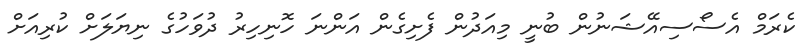
ކެރަމް އެސޯސިއޭޝަނުން ބުނީ މިއަދުން ފެށިގެން އަންނަ ހޮނިހިރު ދުވަހުގެ ނިޔަލަށް ކުރިއަށް